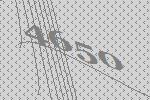
4650